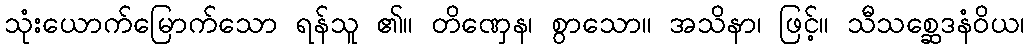
သုံးယောက်မြောက်သော ရန်သူ ၏။ တိဏှေန၊ စွာသော။ အသိနာ၊ ဖြင့်။ သီသစ္ဆေဒနံဝိယ၊